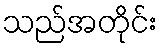
သည်အတိုင်း